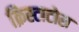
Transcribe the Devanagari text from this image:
क्रिस्टाटोस